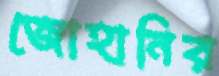
জোহানির